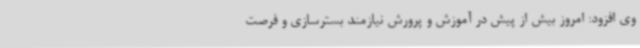
وی افزود: امروز بیش از پیش در آموزش و پرورش نیازمند بسترسازی و فرصت